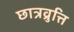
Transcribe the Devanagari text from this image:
छात्रव्रुत्ति